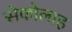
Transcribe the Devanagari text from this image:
सेकोलाह